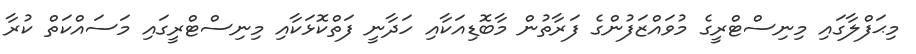
މިޙަފްލާގައި މިނިސްޓްރީގެ މުވައްޒަފުންގެ ފަރާތުން މާބޮޑިއަކާއި ހަދާނީ ފަތްކޮޅަކާއި މިނިސްޓްރީގައި މަސައްކަތް ކުރާ